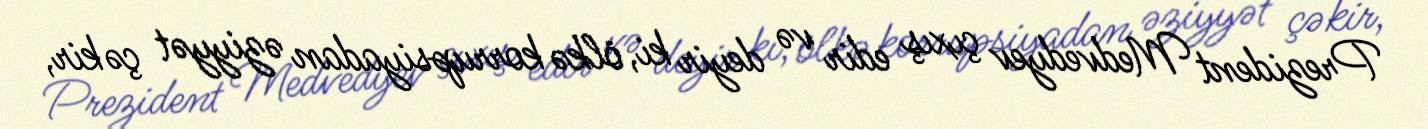
Prezident Medvedyev çıxış edir və deyir ki, ölkə korrupsiyadan əziyyət çəkir,